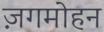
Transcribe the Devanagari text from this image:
ज़गमोहन